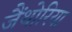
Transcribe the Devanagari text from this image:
जैंथोरिया